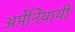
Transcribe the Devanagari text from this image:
अर्मेनियायी